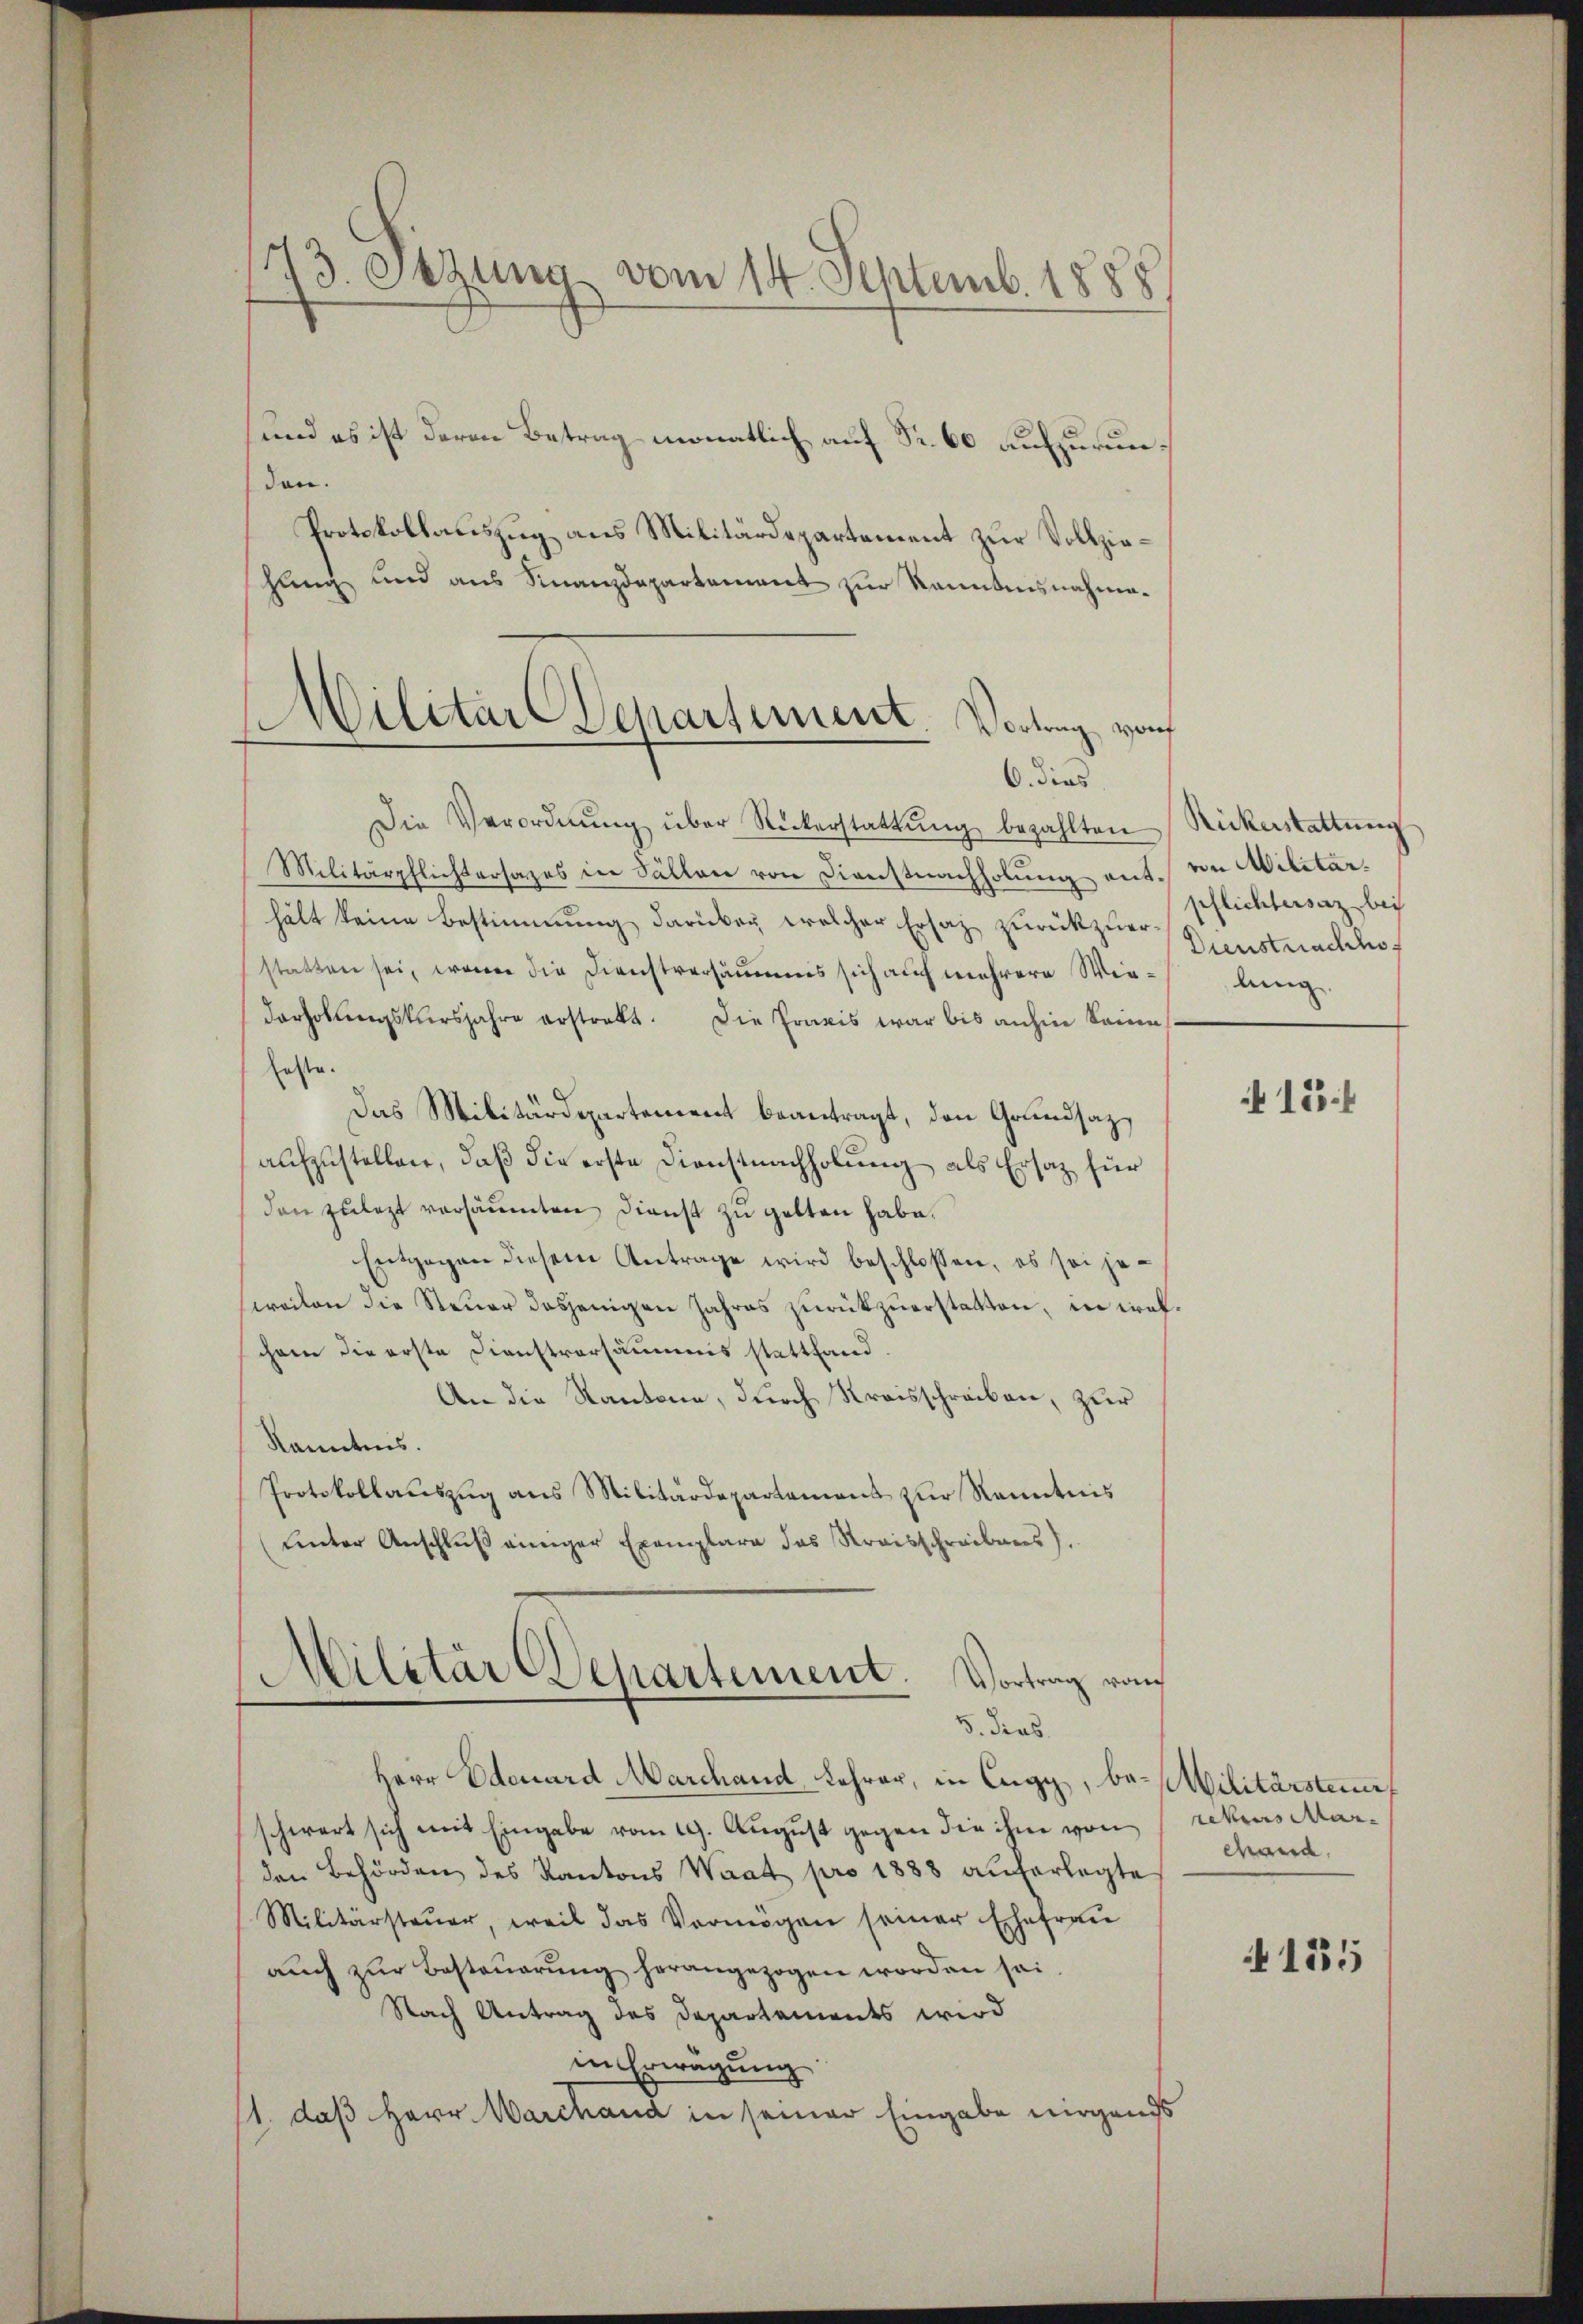
73. Sezung vom 14. Septemb. 1888

6. dies

und es ist deren Betrag monatlich auf Fr. 60 aufzurunden.
Protokollauszug aus Militärdepartement zur Vollziehang und aus Finanzdepartement zur kanntnisnahme.
Militär Departement
Vortrag, von

Die Verordnŭng über Rückerstattŭng bezahlten Rickerstattung
Militärpflichtersages in Fällen von Dienstnachholung enthält keine Bestimmung darüber welcher Ersatz zurückzuerstatten sei, wenn die Dienstversäumnis sich auf mehrere Wiederholungskursjahre erstrakt. Die Praxis war bis anhin keine
feste.
Das Militärdepartement beantragt, den Grundsatz,
aufzustellen, daß die erste Dienstnachholung als Ersatz für
den zulezt versäumten Dienst zu gelten habe.
Entgegen diesem Antrage wird beschlossen, es sei jeweilen die Steŭer dasjenigen Jahres zŭrückzŭerstatten, in iralchem die erste Dienstversäumnis stattfand
An die Kantone, durch Kreisschreiben, zur
Kenntnis.
Protokollaŭszŭg ans Militärdepartament zur Kenntnis
Leector Anschlŭβ einiger Exemplare das Streisschreibens).
)
Militär Departement. Vortrag von
5. dies
Herr Edenard Marchand, Lehrer, in Eugy, be-Militärsten
schwert sich mit Eingabe vom 19. August gegen die ihm von rekurs Marden Behörden des Kantons Waat pro 1888 auferlegte
Militärsteŭer, weil das Vermögen seiner Ehefrau
aŭch zŭr Besteŭerŭng herangezogen worden sei.
Nach Antrag des Departements wird
in Erwägung
11. daß Herr Warchand in seiner Eingabe nirgends

von Militar.
pflichtersaz bei
Dienstnachhof
lung
 13.

cand.

155